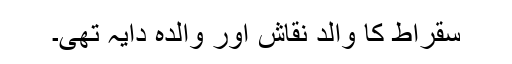
سقراط کا والد نقاش اور والدہ دایہ تھی۔